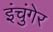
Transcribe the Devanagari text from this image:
इंचुंगेर